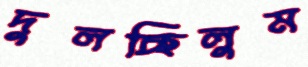
দুলচ্ছিলুম